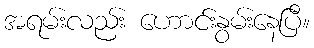
အရမ်းလည်း ဟောင်းနွမ်းနေပြီ။